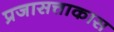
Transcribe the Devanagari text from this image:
प्रजासत्ताकास